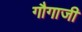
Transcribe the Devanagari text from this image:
गौगाजी